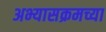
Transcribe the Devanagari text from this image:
अभ्यासक्रमच्या